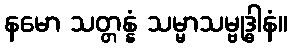
နမော သတ္တန္နံ သမ္မာသမ္ဗုဒ္ဓါနံ။